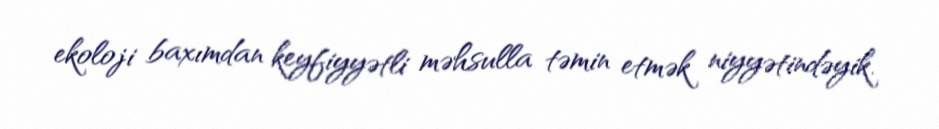
ekoloji baxımdan keyfiyyətli məhsulla təmin etmək niyyətindəyik.